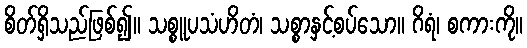
စိတ်ရှိသည်ဖြစ်၍။ သစ္စူပသံဟိတံ၊ သစ္စာနှင့်စပ်သော။ ဂိရံ၊ စကားကို။